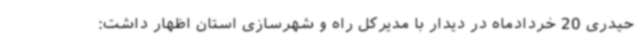
حیدری 20 خردادماه در دیدار با مدیرکل راه و شهرسازی استان اظهار داشت: